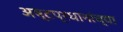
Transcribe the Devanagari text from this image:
अष्टप्रधानांच्या